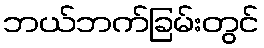
ဘယ်ဘက်ခြမ်းတွင်